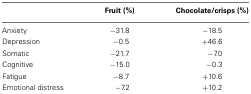
|  | Fruit (%) | Chocolate/crisps (%) |
 | --- | --- | --- |
 | Anxiety | −31.8 | −18.5 |
 | Depression | −0.5 | +46.6 |
 | Somatic | −21.7 | −7.0 |
 | Cognitive | −15.0 | −0.3 |
 | Fatigue | −8.7 | +10.6 |
 | Emotional distress | −7.2 | +10.2 |